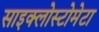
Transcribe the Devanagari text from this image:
साइक्लोस्टोमेटा